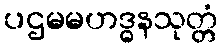
ပဌမမဟဒ္ဓနသုတ္တံ